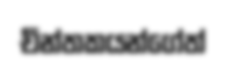
චින්තකයන්ගේත්